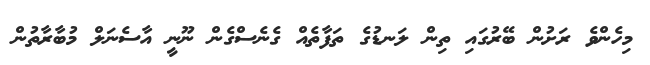
މިހެންވެ ރަށުން ބޭރުގައި ތިން ލަނޑުގެ ތަފާތެއް ގެނެސްގެން ނޫނީ އާސެނަލް މުބާރާތުން